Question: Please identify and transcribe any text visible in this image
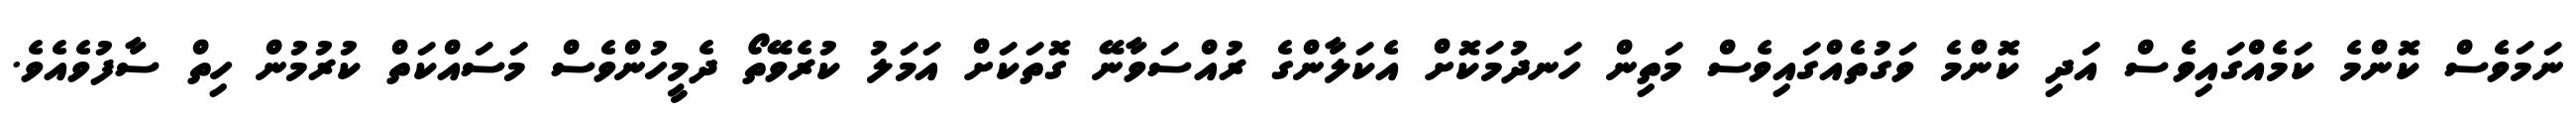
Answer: ނަމަވެސް ކޮންމެ ކަމެއްގައިވެސް އަދި ކޮންމެ ވަގުތެއްގައިވެސް މަތިން ހަނދުމަކޮށް އެކަލާންގެ ރުއްސަވާނޭ ގޮތަކަށް އަމަލު ކުރެވޭތޯ ދެމީހުންވެސް މަސައްކަތް ކުރުމުން ހިތް ސާފުވެއެވެ.